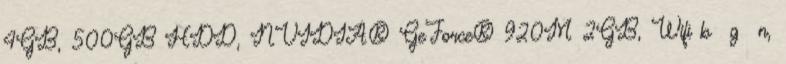
4GB, 500GB HDD, NVIDIA® GeForce® 920M 2GB, Wifi b g n,